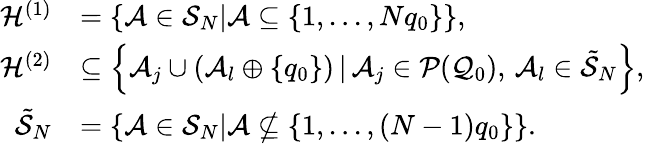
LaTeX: \begin{array}{rl}{\mathcal{H}^{(1)}}&{=\left\{ \mathcal{A}\in\mathcal{S}_{N}\vert\mathcal{A}\subseteq\left\{ 1,...,Nq_{0}\right\} \right\} ,}\\ {\mathcal{H}^{(2)}}&{\subseteq\left\{ \mathcal{A}_{j}\cup(\mathcal{A}_{l}\oplus\{ q_{0}\} )\, \vert\, \mathcal{A}_{j}\in\mathcal{P}(\mathcal{Q}_{0}),\, \mathcal{A}_{l}\in\tilde{\mathcal{S}}_{N}\right\} ,}\\ {\tilde{\mathcal{S}}_{N}}&{=\left\{ \mathcal{A}\in\mathcal{S}_{N}\vert\mathcal{A}\not\subseteq\left\{ 1,...,(N-1)q_{0}\right\} \right\} .}\end{array}